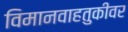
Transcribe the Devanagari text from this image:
विमानवाहतुकीवर